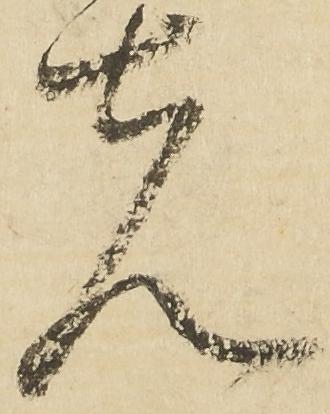
先